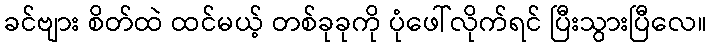
ခင်ဗျား စိတ်ထဲ ထင်မယ့် တစ်ခုခုကို ပုံဖေါ်လိုက်ရင် ပြီးသွားပြီလေ။